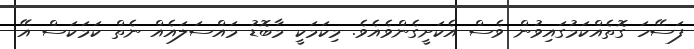
ފަސޭހަ ގޮތެއްކަމުގައިވުން ވެސް އެކަށީގެންވެއެވެ. މިކަމަކީ މާބޮޑު މައްސަލައެއް ނެތް ކަމަކަސް އޭ